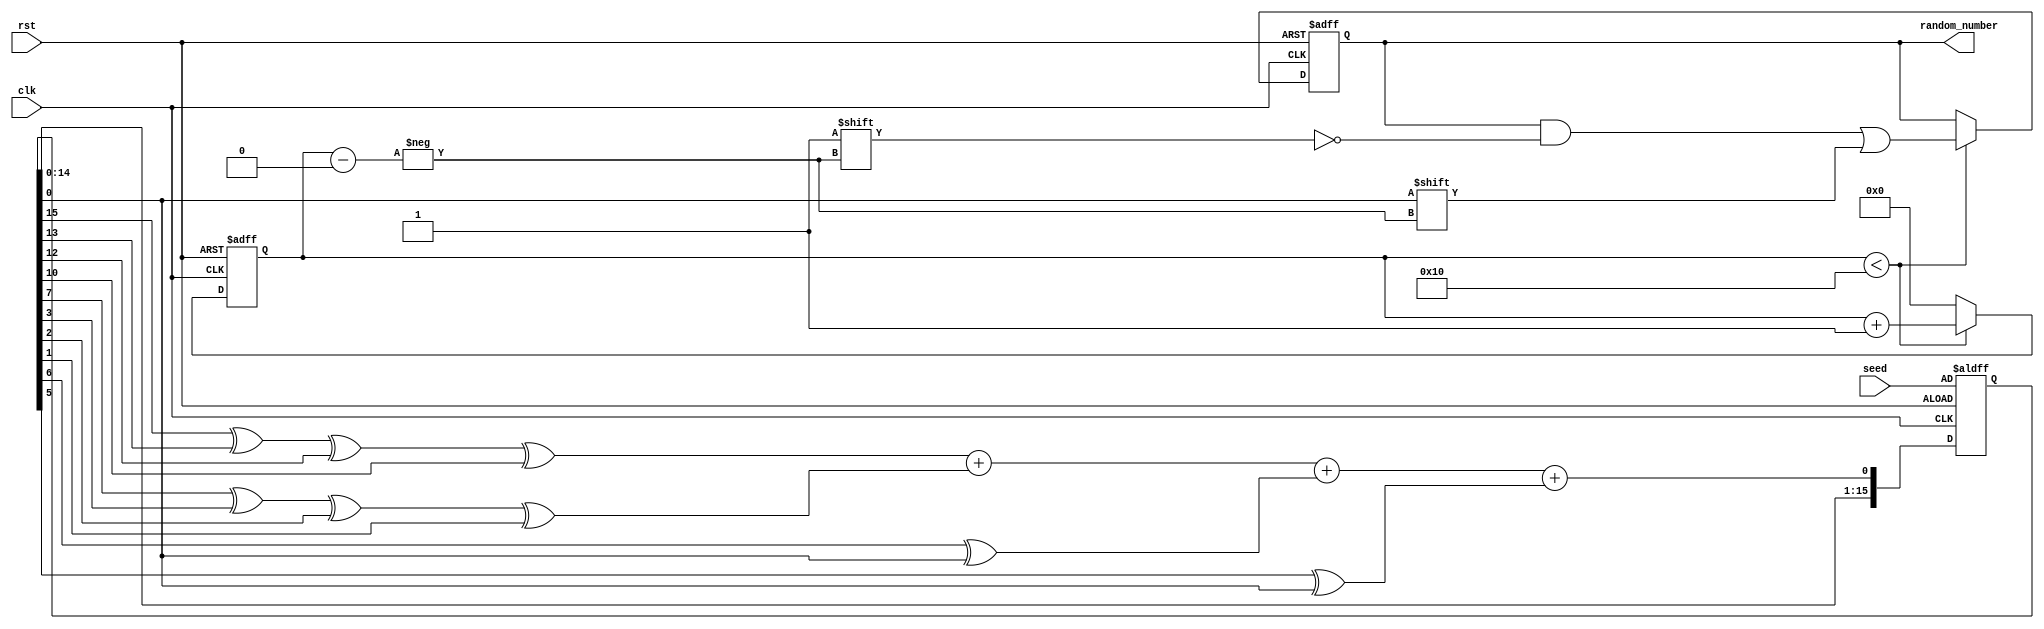
`timescale 1ns / 1ps

module generator(
    input clk,                
    input rst,                
    input [15:0] seed,        
    output reg [15:0] random_number 
);

// Internal signals
wire feedback;
reg [15:0] lfsr;  
reg [3:0] bit_count;  

// Taps
assign feedback = lfsr[15] ^ lfsr[13] ^ lfsr[12] ^ lfsr[10];
assign feedback2 = lfsr[7] ^ lfsr[3] ^ lfsr[2] ^ lfsr[1];
assign feedback3 = lfsr[6] ^ lfsr[0];
assign feedback4 = lfsr[5] ^ lfsr[0];

// LFSR; bit accumulation logic
always @(posedge clk or posedge rst) 
begin
    if (rst) 
    begin
        lfsr <= seed;           // Initialize the LFSR with a non-zero value
        bit_count <= 0;          // Reset the bit counter
        random_number <= 0;           // Reset the 16-bit random number
    end 
    
    else 
    begin
        lfsr <= {lfsr[14:0], feedback + feedback2 + feedback3 + feedback4};  // Shift and insert feedback
        if (bit_count < 16) 
        begin
            // Shift in the last bit of the LFSR into the rand_num register
            random_number[bit_count] <= lfsr[0];
            bit_count <= bit_count + 1;
        end 
        
        else 
        begin
            // Reset the bit counter to start generating the next random number
            bit_count <= 0;
        end
    end
end

endmodule